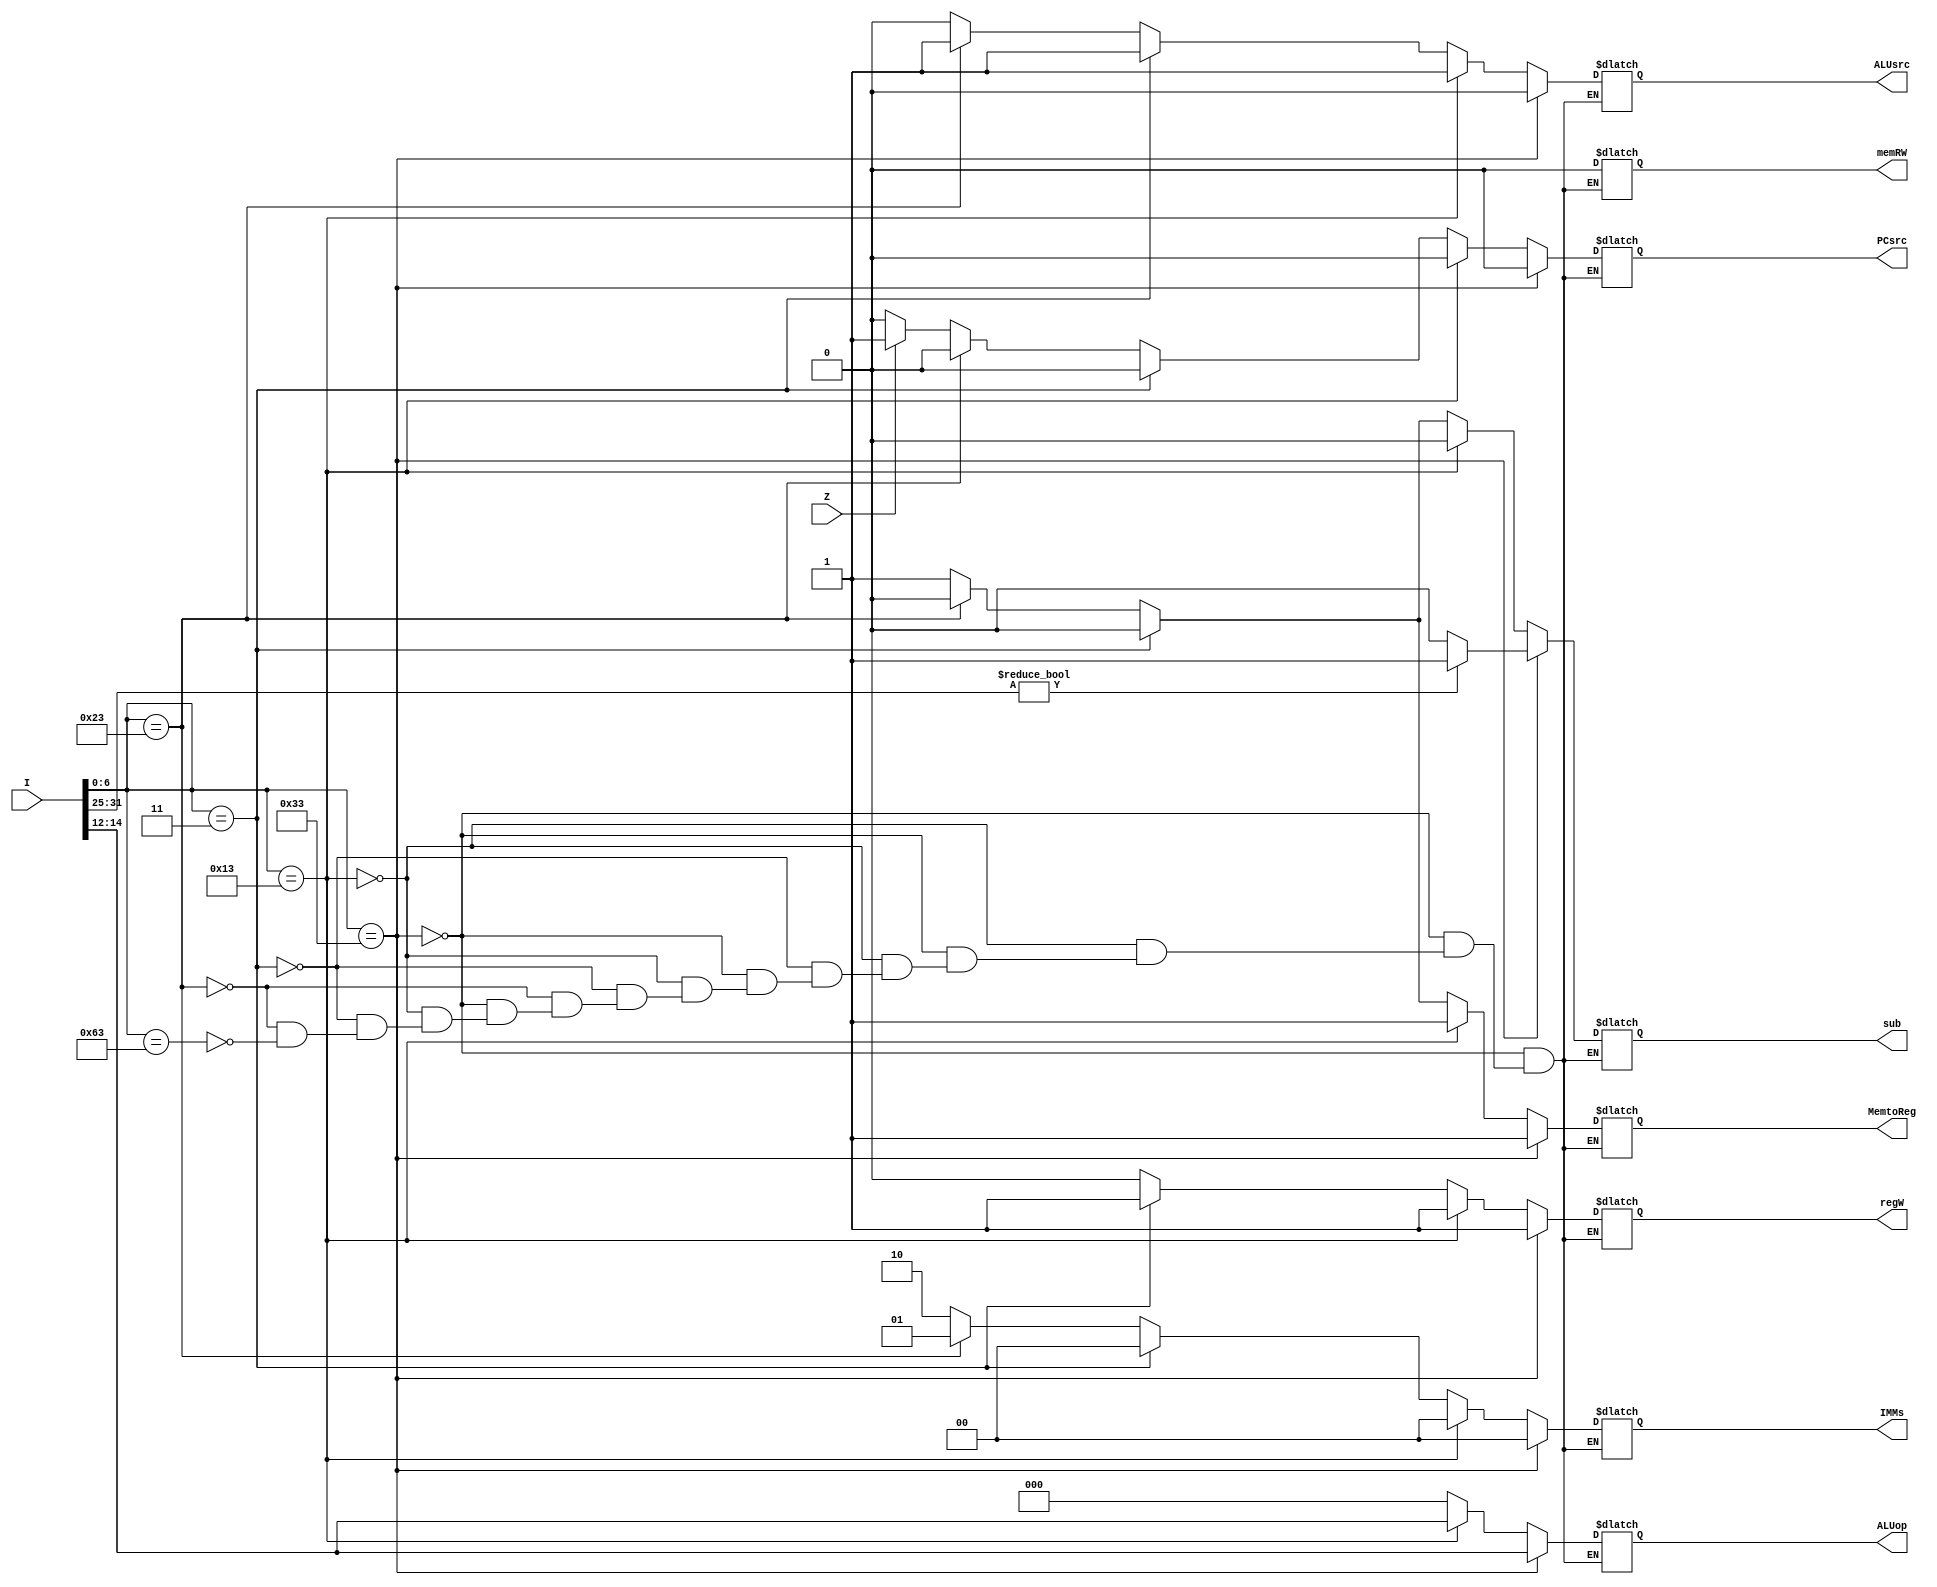
module controlunit (I,Z,IMMs,regW,ALUsrc,ALUop,sub,PCsrc,memRW,MemtoReg);
    input [31:0] I;
    input Z;
    output reg regW,ALUsrc,PCsrc,memRW,MemtoReg,sub;
    output reg [2:0] ALUop;
    output reg [1:0] IMMs;

    wire [6:0] opcode, func7;
    wire [2:0] func3;

    assign opcode = I[6:0];
    assign func3 = I[14:12];
    assign func7 = I[31:25];

    always @(I) begin 
    if (opcode == 7'b0110011) begin
        IMMs = 2'b00;
        regW = 1'b1;
        ALUsrc = 1'b0;
        ALUop = func3;
        memRW = 1'b0;
        MemtoReg = 1'b1;
        PCsrc = 1'b0;
        sub = 0;
        if (func7 != 7'b0)
            sub = 1;
    end

    else if (opcode == 7'b0010011) begin
        IMMs = 2'b00;
        regW = 1'b1;
        ALUsrc = 1'b1;
        ALUop = func3;
        memRW = 1'b0;
        MemtoReg = 1'b1;
        PCsrc = 1'b0;
        sub = 0;
    end

    else if (opcode == 7'b0000011) begin
        IMMs = 2'b00;
        regW = 1'b1;
        ALUsrc = 1'b1;
        ALUop = 3'b000;
        memRW = 1'b0;
        MemtoReg = 1'b0;
        PCsrc = 1'b0;
        sub = 0;
    end

    else if (opcode == 7'b0100011) begin
        IMMs = 2'b01;
        regW = 1'b0;
        ALUsrc = 1'b1;
        ALUop = 3'b000;
        memRW = 1'b0;
        MemtoReg = 1'b0;
        PCsrc = 1'b0;
        sub = 0;
    end

    else if (opcode == 7'b1100011) begin
        IMMs = 2'b10;
        regW = 1'b0;
        ALUsrc = 1'b0;
        ALUop = 3'b000;
        memRW = 1'b0;
        MemtoReg = 1'b1;
        sub = 1;
        PCsrc = 1'b0;
        if (Z == 1'b1)
            PCsrc = 1'b1;
    end
	 
    end

endmodule